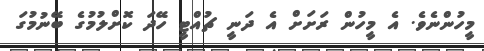
މީހުންނެވެ. އެ މީހުން ރަށަށް އެ ދަނީ ޗުއްޓީ ހޭދަ ކޮށްލުމުގެ ބޭނުމުގަ